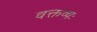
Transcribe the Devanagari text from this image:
वक्तव्यः